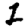
Digit: 1